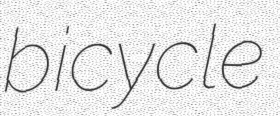
bicycle